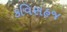
કવિસહજ